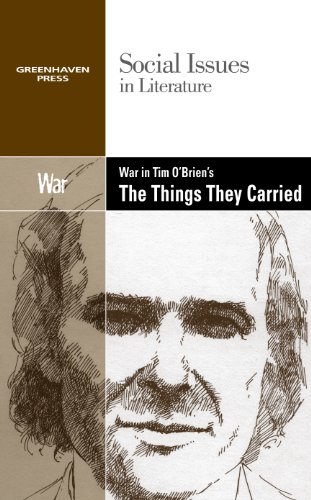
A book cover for War in Tim O'Brien's The Things They Carried (Social Issues in Literature); Gary Wiener; Teen & Young Adult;